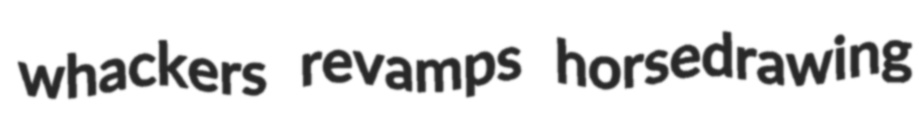
whackers revamps horsedrawing